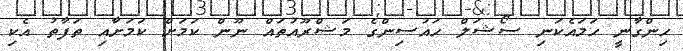
ހިންގާނީ ހަމައެކަނި ސޯޝަލް ހައުސިންގެ މަޝްރޫއުތައް ނޫން ކަމަށް ކަމަށާއި ތަފާތު އެކި